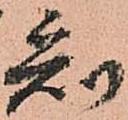
知